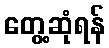
တွေ့ဆုံရန်